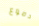
دموع